Newspaper: The Holt County sentinel. [volume]
Place of publication: Oregon, Missouri.
Date: 1875-06-04 00:00:00
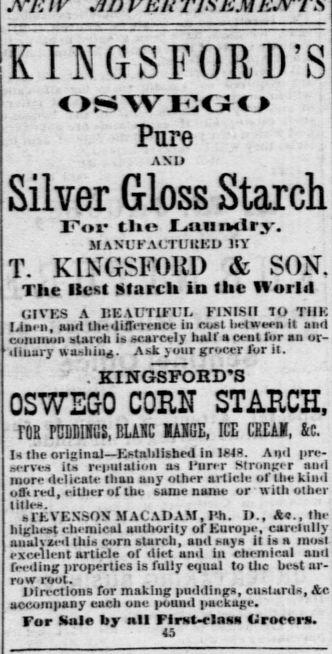
Advertisement text (OCR):
KINGSFOBD'S OSWEGO Pure AXI Silver Gloss Starch JPov tlie JL.uumlr-. JIANUFAUTUltKD 1IY T. KtNGSFOltD & SON. The Host Starch in the World HIVES A IlEADTIFCL FINISH tO TIIK f.lnen. anil theilifference in cost between it and common ktarcti Is scarcely huKacent for an or dinary waahiuj. ask jour grocer " " . KINGSPOBD'S OSWEGO CORN STARCH, FOR PDlIlISGS.BUtfC BASSE, ICE CEEAM, &C in tr nrlslnal Established In ISf 3. And nrc- wrves lu reputation ai rurer Stronger anil mnrefli-lirjite than unv other article of the kind offered, either of the tame name or with other bTEVEXSOX MACADAM, I'h. I)., Ac, the hl?het chemical ituthoritv cfKuroue. curelully auuhzed thin corn sUirch, and mys itUn mot excellent article of diet and In chemical and feeding properties Is fully equal toUie bestar- wiitf rrMit- DIrectloiiB for m&Ung puddings, cn&Uirda, Slc accompany cacn one ounii pacnage. ror Snlo by nil Flrst-clnss tiroccr. 45
Label: text-only